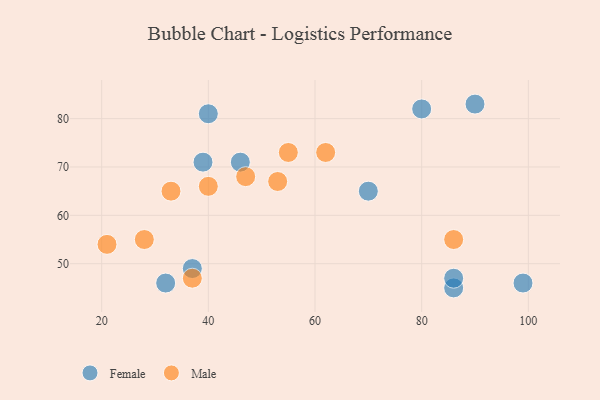
{"axis": {"x": "GDP", "y": "Life Expectancy"}, "legend": ["Female", "Male"], "data": [{"x": "32", "y": 46, "type": "Female"}, {"x": "86", "y": 45, "type": "Female"}, {"x": "86", "y": 47, "type": "Female"}, {"x": "46", "y": 71, "type": "Female"}, {"x": "90", "y": 83, "type": "Female"}, {"x": "80", "y": 82, "type": "Female"}, {"x": "70", "y": 65, "type": "Female"}, {"x": "40", "y": 81, "type": "Female"}, {"x": "37", "y": 49, "type": "Female"}, {"x": "99", "y": 46, "type": "Female"}, {"x": "39", "y": 71, "type": "Female"}, {"x": "86", "y": 55, "type": "Male"}, {"x": "33", "y": 65, "type": "Male"}, {"x": "62", "y": 73, "type": "Male"}, {"x": "28", "y": 55, "type": "Male"}, {"x": "47", "y": 68, "type": "Male"}, {"x": "55", "y": 73, "type": "Male"}, {"x": "21", "y": 54, "type": "Male"}, {"x": "37", "y": 47, "type": "Male"}, {"x": "53", "y": 67, "type": "Male"}, {"x": "40", "y": 66, "type": "Male"}]}